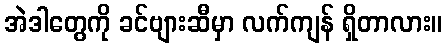
အဲဒါတွေကို ခင်ဗျားဆီမှာ လက်ကျန် ရှိတာလား။